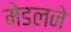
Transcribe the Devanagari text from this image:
मेडलने